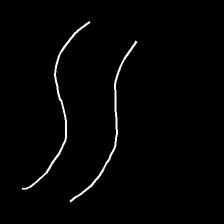
Glyph: float